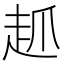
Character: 𲃊